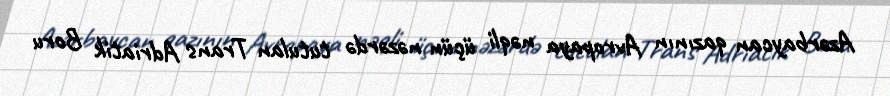
Azərbaycan qazının Avropaya nəqli üçün nəzərdə tutulan Trans Adriatik Boru